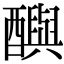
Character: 𨣦